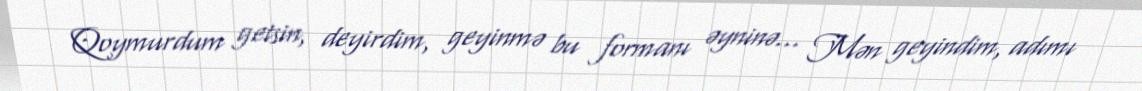
Qoymurdum getsin, deyirdim, geyinmə bu formanı əyninə... Mən geyindim, adımı